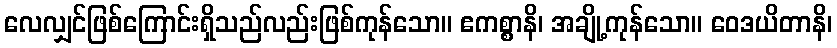
လေလျှင်ဖြစ်ကြောင်းရှိသည်လည်းဖြစ်ကုန်သော။ ဧကစ္စာနိ၊ အချို့ကုန်သော။ ဝေဒယိတာနိ၊